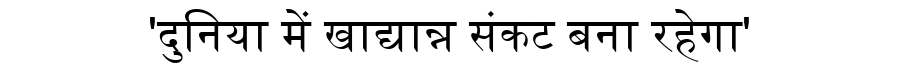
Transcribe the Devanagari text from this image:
'दुनिया में खाद्यान्न संकट बना रहेगा'